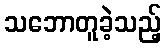
သဘောတူခဲ့သည့်